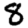
Digit: 8